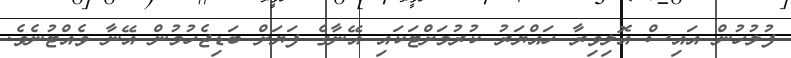
ފުލުހުން އައިސް އޮލިވިރާ ހައްޔަރު ކުރުމަށްޓަކައި އޭނާގެ ފަޔަށް ބަޑިޖެހުމުން އޭނާ ވެއްޓުނެވެ.